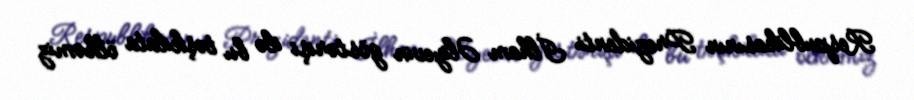
Respublikasının Prezidenti İlham Əliyevin göstərişi ilə bu təşkilata ölkəmiz